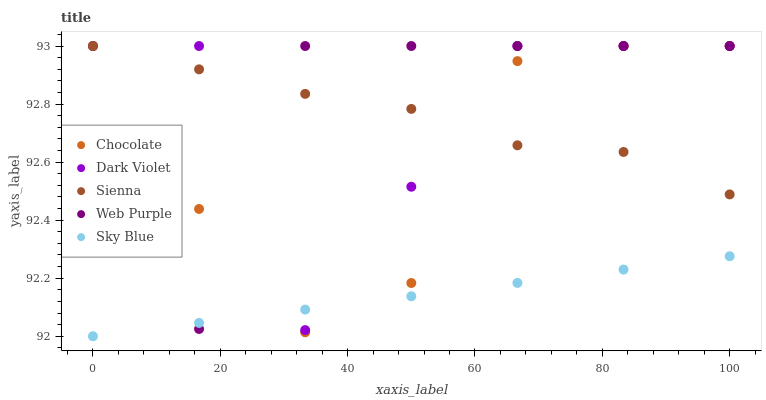
| xaxis_label | Chocolate | Dark Violet | Sienna | Web Purple | Sky Blue |
 | --- | --- | --- | --- | --- | --- |
 | 0 | 93 | 93 | 93 | 92.7 | 92 |
 | 16.7 | 92.4 | 93 | 92.9 | 92 | 92 |
 | 33.3 | 92 | 92 | 92.8 | 93 | 92.1 |
 | 50 | 92.2 | 92.5 | 92.8 | 93 | 92.1 |
 | 66.7 | 92.9 | 93 | 92.7 | 93 | 92.2 |
 | 83.3 | 93 | 93 | 92.6 | 93 | 92.2 |
 | 100 | 93 | 93 | 92.5 | 93 | 92.3 |